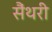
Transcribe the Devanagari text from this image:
सैंथरी